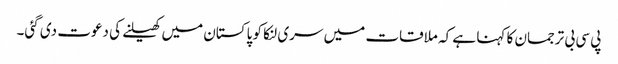
پی سی بی ترجمان کا کہنا ہے کہ ملاقات میں سری لنکا کو پاکستان میں کھیلنے کی دعوت دی گئی۔